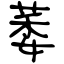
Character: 萎